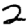
Digit: 2